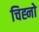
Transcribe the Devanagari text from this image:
चिह्नो